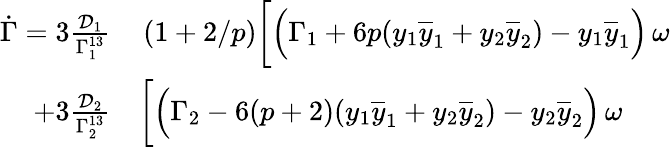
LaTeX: \begin{array}{rl}{\dot{\Gamma}=3\frac{\mathcal{D}_{1}}{\Gamma_{1}^{13}}}&{{}\left(1+2/p\right)\bigg[\Big(\Gamma_{1}+6p(y_{1}\overline{{y}}_{1}+y_{2}\overline{{y}}_{2})-y_{1}\overline{{y}}_{1}\Big)\, \omega}\\ {+3\frac{\mathcal{D}_{2}}{\Gamma_{2}^{13}}}&{{}\bigg[\Big(\Gamma_{2}-6(p+2)(y_{1}\overline{{y}}_{1}+y_{2}\overline{{y}}_{2})-y_{2}\overline{{y}}_{2}\Big)\, \omega}\end{array}